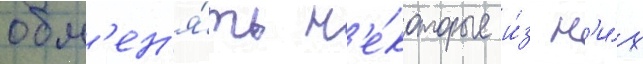
обм'ен'я́ть н'е́которые и́з н'и́х